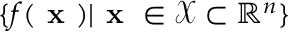
\{ f ( \textbf { x } ) | \textbf { x } \in \mathcal { X } \subset \mathbb { R } ^ { n } \}